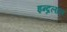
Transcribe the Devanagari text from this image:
इन्द्रलाल